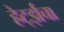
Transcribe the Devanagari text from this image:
हेर्ट्झचा